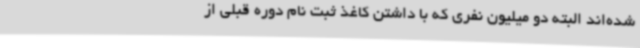
شده‌اند البته دو میلیون نفری که با داشتن کاغذ ثبت نام دوره قبلی از